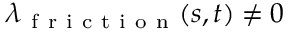
\lambda _ { \mathrm { ~ f ~ r ~ i ~ c ~ t ~ i ~ o ~ n ~ } } ( s , t ) \neq 0